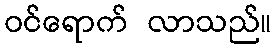
ဝင်ရောက် လာသည်။